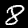
Digit: 8